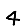
Digit: 4